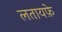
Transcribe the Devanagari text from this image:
लतायफ़े